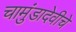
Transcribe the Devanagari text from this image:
चामुंडादेवीचे